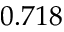
0 . 7 1 8